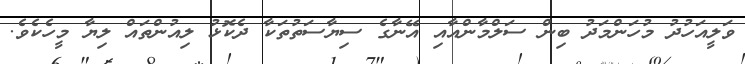
ވަލީއަހުދު މުހަންމަދު ބިން ސަލްމާންއާއި އޭނާގެ ސިޔާސަތުތަކާ ދެކޮޅު ލިއުންތައް ލިޔާ މީހެކެވެ.